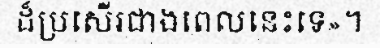
ដ៏ប្រសើរជាងពេលនេះទេ»។